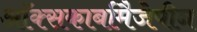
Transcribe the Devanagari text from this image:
ऑक्सकार्बामैजेपीन